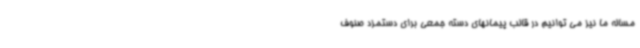
مساله ما نیز می توانیم در قالب پیمانهای دسته جمعی برای دستمزد صنوف